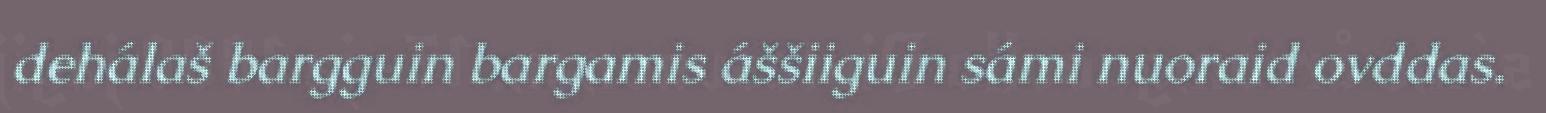
dehálaš bargguin bargamis áššiiguin sámi nuoraid ovddas.